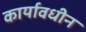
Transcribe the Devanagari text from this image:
कार्यावधीन